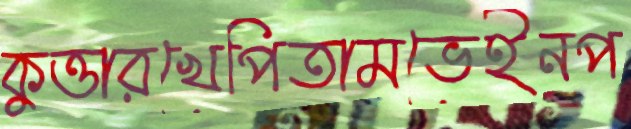
কুত্তারখেপিতামভেইনপ